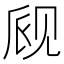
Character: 𫌪